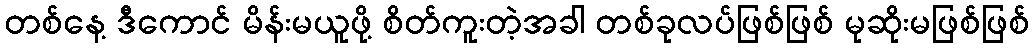
တစ်နေ့ ဒီကောင် မိန်းမယူဖို့ စိတ်ကူးတဲ့အခါ တစ်ခုလပ်ဖြစ်ဖြစ် မုဆိုးမဖြစ်ဖြစ်